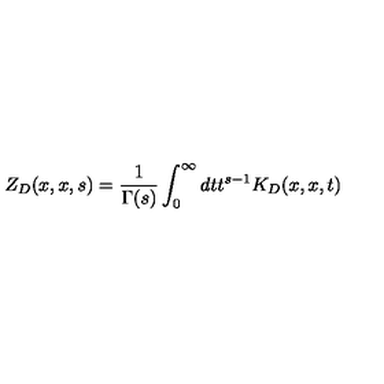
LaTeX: Z _ { D } ( x , x , s ) = { \frac { 1 } { \Gamma ( s ) } } \int _ { 0 } ^ { \infty } d t t ^ { s - 1 } K _ { D } ( x , x , t )